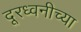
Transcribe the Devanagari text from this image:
दूरध्वनीच्या